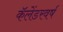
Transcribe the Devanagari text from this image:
कॅलेंडरवर्ष